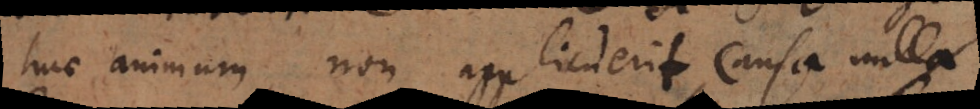
huc animum non applicuerit causa nulla